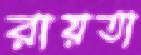
রায়তা